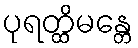
ပုရတ္ထိမန္တေ